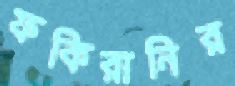
ফকিরানির